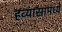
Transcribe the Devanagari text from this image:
हव्यासामध्ये